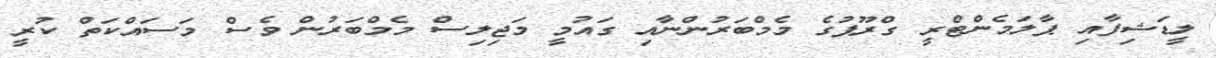
ލީޑަޝިފާއި ޕާލަމެންޓްރީ ގްރޫޕުގެ މެމްބަރުންނާއި ގައުމީ މަޖިލިސް މެމްބަރުން ވެސް މަސައްކަތް ކުރީ